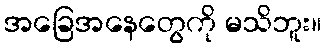
အခြေအနေတွေကို မသိဘူး။